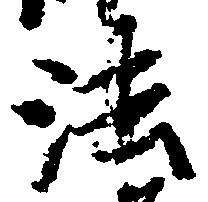
法